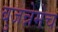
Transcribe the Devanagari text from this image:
बुजन्नेमेच